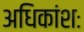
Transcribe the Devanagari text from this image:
अधिकांशः